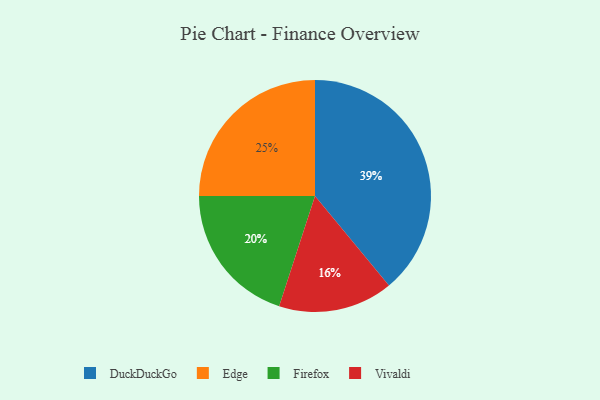
{"axis": {"x": "Category", "y": "Percentage"}, "legend": ["DuckDuckGo", "Edge", "Firefox", "Vivaldi"], "data": [{"x": "Edge", "y": 25, "type": "Edge"}, {"x": "Firefox", "y": 20, "type": "Firefox"}, {"x": "DuckDuckGo", "y": 39, "type": "DuckDuckGo"}, {"x": "Vivaldi", "y": 16, "type": "Vivaldi"}]}